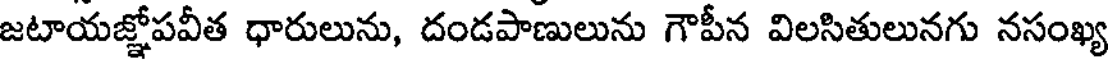
జటాయజ్ఞోపవీత ధారులును, దండపాణులును గౌపీన విలసితులునగు నసంఖ్య